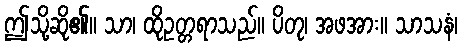
ဤသို့ဆို၏။ သာ၊ ထိုဥတ္တရာသည်။ ပိတု၊ အဖအား။ သာသနံ၊